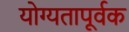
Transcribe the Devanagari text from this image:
योग्‍यतापूर्वक